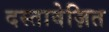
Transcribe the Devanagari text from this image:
दस्तावेज़ित